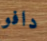
دافو